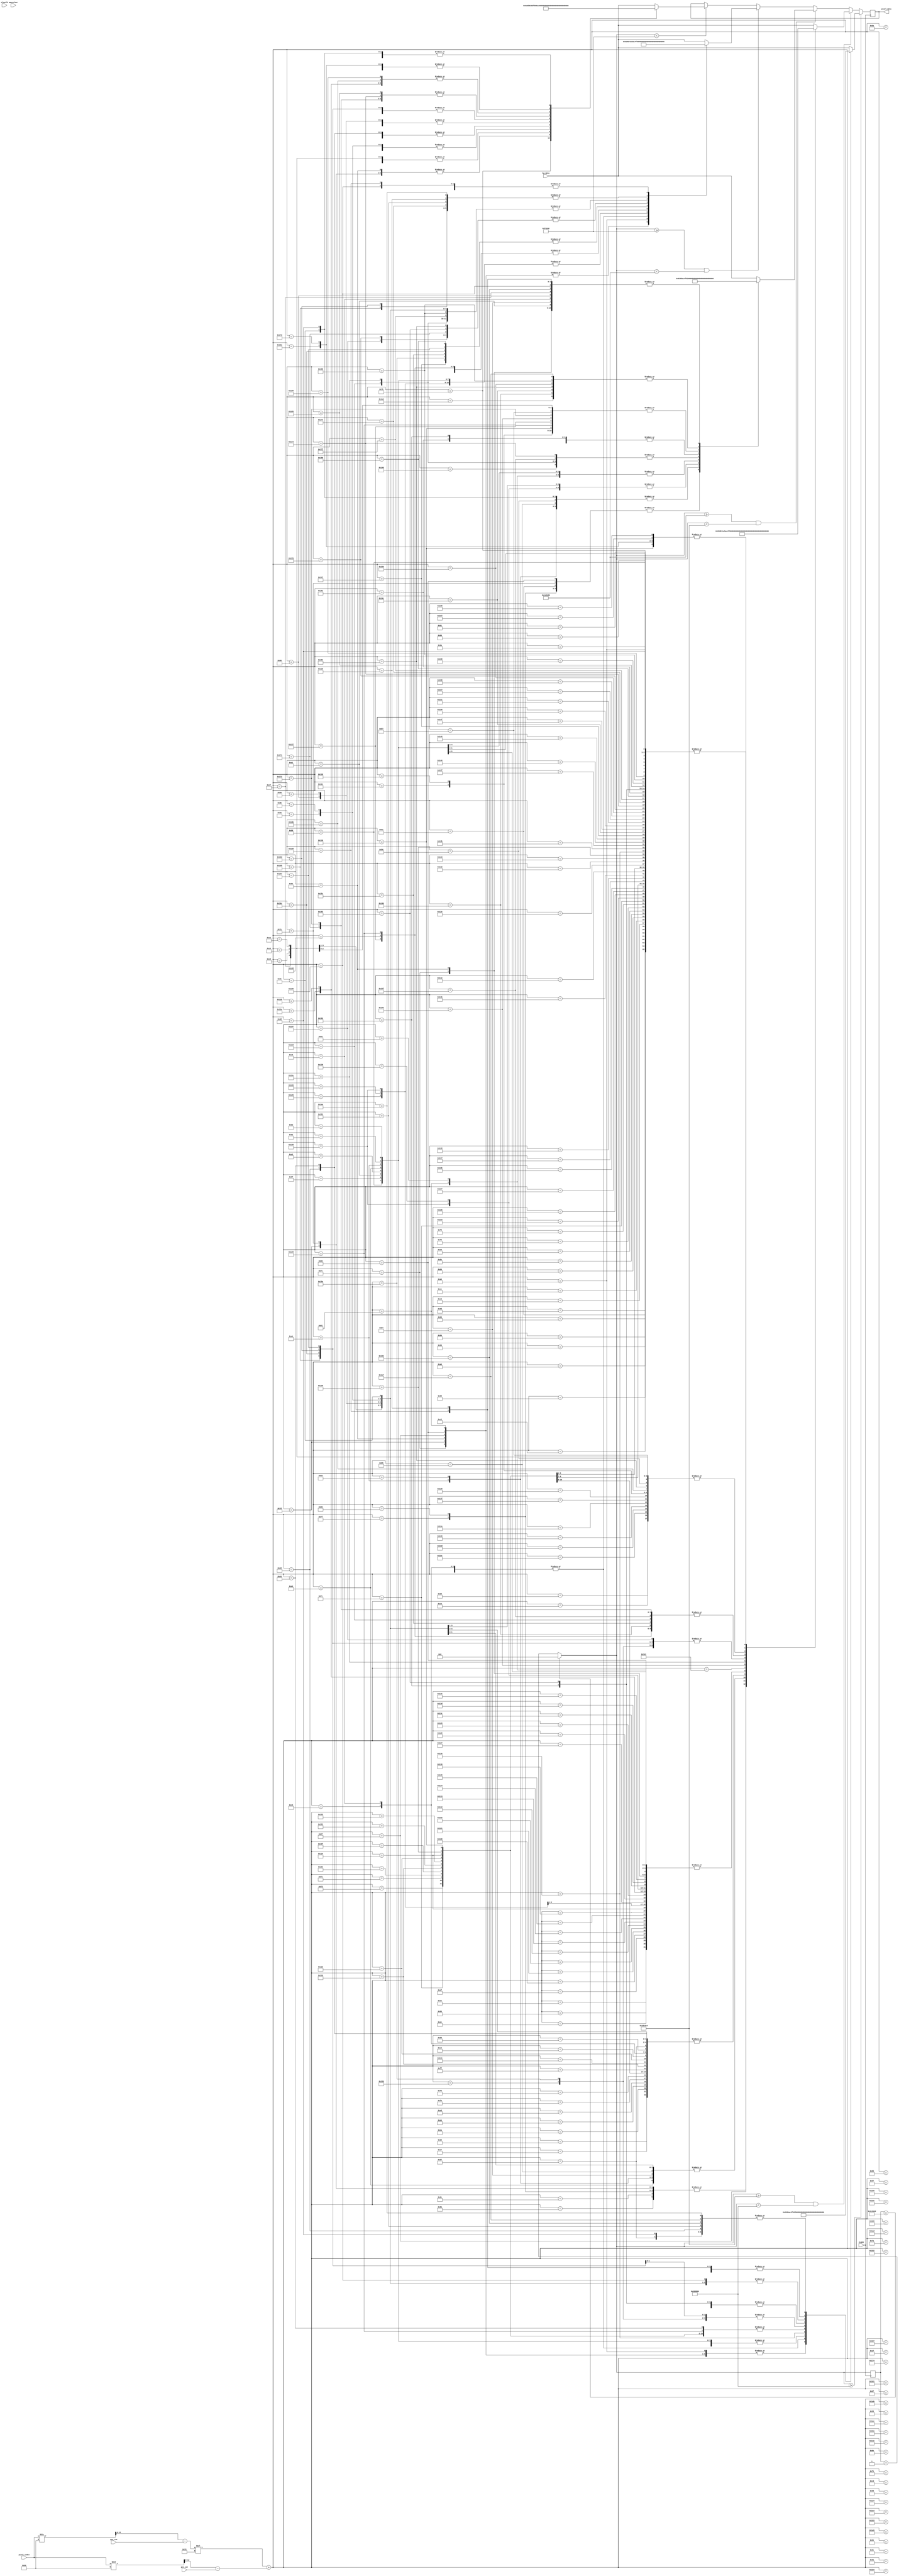
`timescale 1ns / 1ps
//////////////////////////////////////////////////////////////////////////////////
// Company: 
// Engineer: 
// 
// Design Name: 
// Module Name: ghost
// Project Name: 
// Target Devices: 
// Tool Versions: 
// Description: 
// 
// Dependencies: 
// 
// Revision:
// Revision 0.01 - File Created
// Additional Comments:
// 
//////////////////////////////////////////////////////////////////////////////////


module man(
input CLOCK,
input slowclk,
input [15:0]bg_data,
output reg [15:0] pixel_data,
input [12:0]pixel_index,
input [12:0]pos_col,
input [12:0]pos_row,
input [15:0]mancolour
    );
    reg [2:0]count;
    reg [12:0]row;
    reg [12:0]col;
    reg [12:0]track_index;
    reg [31:0] frame_count = 0;
    
    always @ (posedge CLOCK) begin
        row = pixel_index / 96 - pos_row;
        col = pixel_index % 96 - pos_col;
        track_index = row*19 + col;
        
        frame_count = (frame_count == 5000000) ? 0 : (frame_count + 1);
        
        if (frame_count < 1000000) begin
            case (track_index)
            87: pixel_data = 16'b0001000001100000;
            88: pixel_data = 16'b0001000001100000;
            104: pixel_data = 16'b0001000001100000;
            105: pixel_data = 16'b0001000001100000;
            106: pixel_data = 16'b1000001100001011;
            107: pixel_data = 16'b1000001100001011;
            108: pixel_data = 16'b0001000001100000;
            122: pixel_data = 16'b0001000001100000;
            123: pixel_data = 16'b0110101001101011;
            124: pixel_data = 16'b1000001100001011;
            125: pixel_data = 16'b1000001100001011;
            126: pixel_data = 16'b1000001100001011;
            127: pixel_data = 16'b1000001100001011;
            128: pixel_data = 16'b0001000001100000;
            140: pixel_data = 16'b0001000001100000;
            141: pixel_data = 16'b0110001000101011;
            142: pixel_data = 16'b1000001100001011;
            143: pixel_data = 16'b0110001000101011;
            144: pixel_data = 16'b0110001000101011;
            145: pixel_data = 16'b0110001000101011;
            146: pixel_data = 16'b0110001000101011;
            147: pixel_data = 16'b0001000001100000;
            159: pixel_data = 16'b0001000001100000;
            160: pixel_data = 16'b0110001000101011;
            161: pixel_data = 16'b0110001000101011;
            162: pixel_data = 16'b1010110001001111;
            163: pixel_data = 16'b1010110001001111;
            164: pixel_data = 16'b1010110001001111;
            165: pixel_data = 16'b0001000001100000;
            178: pixel_data = 16'b0001000001100000;
            179: pixel_data = 16'b1010110001001111;
            180: pixel_data = 16'b1010110001001111;
            181: pixel_data = 16'b1111011010010110;
            182: pixel_data = 16'b1111011010010110;
            183: pixel_data = 16'b1111011010010110;
            184: pixel_data = 16'b0001000001100000;
            195: pixel_data = 16'b0001000001100000;
            196: pixel_data = 16'b0001000001100000;
            197: pixel_data = 16'b0001000001100000;
            198: pixel_data = 16'b1111011010010110;
            199: pixel_data = 16'b1111011010010110;
            200: pixel_data = 16'b1111011010010110;
            201: pixel_data = 16'b1111011010010110;
            202: pixel_data = 16'b1111011010010110;
            203: pixel_data = 16'b0001000001100000;
            212: pixel_data = 16'b0001000001100000;
            213: pixel_data = 16'b0001000001100000;
            214: pixel_data = 16'b0110001000101011;
            215: pixel_data = 16'b0110001000101011;
            216: pixel_data = 16'b1001001001101001;
            217: pixel_data = 16'b1001001001101001;
            218: pixel_data = 16'b1010110001001111;
            219: pixel_data = 16'b1010110001001111;
            220: pixel_data = 16'b0001000001100000;
            221: pixel_data = 16'b0001000001100000;
            230: pixel_data = 16'b0001000001100000;
            231: pixel_data = 16'b0110001000101011;
            232: pixel_data = 16'b0110001000101011;
            233: pixel_data = 16'b0110001000101011;
            234: pixel_data = 16'b1001001001101001;
            235: pixel_data = 16'b1001001001101001;
            236: pixel_data = 16'b1001001001101001;
            237: pixel_data = 16'b0110001000101011;
            238: pixel_data = 16'b0110001000101011;
            239: pixel_data = 16'b0001000001100000;
            249: pixel_data = 16'b0001000001100000;
            250: pixel_data = 16'b0110001000101011;
            251: pixel_data = 16'b0110001000101011;
            252: pixel_data = 16'b0110001000101011;
            253: pixel_data = 16'b1001001001101001;
            254: pixel_data = 16'b1001001001101001;
            255: pixel_data = 16'b1001001001101001;
            256: pixel_data = 16'b1001001001101001;
            257: pixel_data = 16'b0110001000101011;
            258: pixel_data = 16'b0001000001100000;
            260: pixel_data = 16'b0001000001100000;
            261: pixel_data = 16'b0001000001100000;
            267: pixel_data = 16'b0001000001100000;
            268: pixel_data = 16'b1110111001110110;
            269: pixel_data = 16'b1110111001110110;
            270: pixel_data = 16'b0001000001100000;
            271: pixel_data = 16'b1001001001101001;
            272: pixel_data = 16'b1001001001101001;
            273: pixel_data = 16'b1001001001101001;
            274: pixel_data = 16'b1001001001101001;
            275: pixel_data = 16'b1001001001101001;
            276: pixel_data = 16'b1001001001101001;
            277: pixel_data = 16'b0001000001100000;
            278: pixel_data = 16'b0001000001100000;
            279: pixel_data = 16'b1110111001110110;
            280: pixel_data = 16'b1110111001110110;
            281: pixel_data = 16'b0001000001100000;
            286: pixel_data = 16'b0001000001100000;
            287: pixel_data = 16'b1110111001110110;
            288: pixel_data = 16'b1110111001110110;
            289: pixel_data = 16'b0001000001100000;
            290: pixel_data = 16'b1001001001101001;
            291: pixel_data = 16'b1001001001101001;
            292: pixel_data = 16'b1001001001101001;
            293: pixel_data = 16'b1001001001101001;
            294: pixel_data = 16'b1001001001101001;
            295: pixel_data = 16'b1001001001101001;
            296: pixel_data = 16'b1001001001101001;
            297: pixel_data = 16'b1001001001101001;
            298: pixel_data = 16'b1110111001110110;
            299: pixel_data = 16'b1110111001110110;
            300: pixel_data = 16'b0001000001100000;
            306: pixel_data = 16'b0001000001100000;
            307: pixel_data = 16'b0001000001100000;
            308: pixel_data = 16'b0001000001100000;
            309: pixel_data = 16'b1001011000111110;
            310: pixel_data = 16'b1101011010111000;
            311: pixel_data = 16'b1001011000111110;
            312: pixel_data = 16'b1001001001101001;
            313: pixel_data = 16'b0001000001100000;
            314: pixel_data = 16'b1001001001101001;
            315: pixel_data = 16'b1001001001101001;
            316: pixel_data = 16'b1001001001101001;
            317: pixel_data = 16'b1001001001101001;
            318: pixel_data = 16'b0001000001100000;
            326: pixel_data = 16'b0001000001100000;
            327: pixel_data = 16'b1001011000111110;
            328: pixel_data = 16'b1101011010111000;
            329: pixel_data = 16'b1001011000111110;
            330: pixel_data = 16'b0101101111010010;
            331: pixel_data = 16'b0101101111010010;
            332: pixel_data = 16'b0001000001100000;
            333: pixel_data = 16'b0001000001100000;
            334: pixel_data = 16'b0001000001100000;
            335: pixel_data = 16'b0001000001100000;
            336: pixel_data = 16'b0001000001100000;
            343: pixel_data = 16'b0001000001100000;
            344: pixel_data = 16'b0001000001100000;
            345: pixel_data = 16'b1001011000111110;
            346: pixel_data = 16'b1101011010111000;
            347: pixel_data = 16'b1001011000111110;
            348: pixel_data = 16'b0101101111010010;
            349: pixel_data = 16'b0101101111010010;
            350: pixel_data = 16'b0101101111010010;
            351: pixel_data = 16'b0101101111010010;
            352: pixel_data = 16'b0001000001100000;
            362: pixel_data = 16'b1101011010111000;
            363: pixel_data = 16'b1110111001110110;
            364: pixel_data = 16'b1001011000111110;
            365: pixel_data = 16'b1001011000111110;
            366: pixel_data = 16'b1001011000111110;
            367: pixel_data = 16'b0001000001100000;
            368: pixel_data = 16'b0101101111010010;
            369: pixel_data = 16'b0101101111010010;
            370: pixel_data = 16'b0101101111010010;
            371: pixel_data = 16'b0101101111010010;
            372: pixel_data = 16'b0001000001100000;
            381: pixel_data = 16'b1101011010111000;
            382: pixel_data = 16'b0001000001100000;
            383: pixel_data = 16'b0001000001100000;
            384: pixel_data = 16'b0001000001100000;
            385: pixel_data = 16'b0001000001100000;
            387: pixel_data = 16'b0001000001100000;
            388: pixel_data = 16'b0001000001100000;
            389: pixel_data = 16'b0101101111010010;
            390: pixel_data = 16'b0101101111010010;
            391: pixel_data = 16'b0001000001100000;
            400: pixel_data = 16'b0001000001100000;
            408: pixel_data = 16'b0001000001100000;
            409: pixel_data = 16'b1110111001110110;
            410: pixel_data = 16'b0001000001100000;
            427: pixel_data = 16'b0001000001100000;
            428: pixel_data = 16'b1101011010111000;
            429: pixel_data = 16'b1101011010111000;
            430: pixel_data = 16'b0001000001100000;
            default: pixel_data = bg_data;
            endcase
        end
        
        if (frame_count >= 1000000 && frame_count < 1000000*2) begin
            case (track_index)
            105: pixel_data = 16'b0001000001100000;
            106: pixel_data = 16'b0001000001100000;
            122: pixel_data = 16'b0001000001100000;
            123: pixel_data = 16'b0001000001100000;
            124: pixel_data = 16'b1000001100001011;
            125: pixel_data = 16'b1000001100001011;
            126: pixel_data = 16'b0001000001100000;
            140: pixel_data = 16'b0001000001100000;
            141: pixel_data = 16'b0110001000101011;
            142: pixel_data = 16'b1000001100001011;
            143: pixel_data = 16'b1000001100001011;
            144: pixel_data = 16'b1000001100001011;
            145: pixel_data = 16'b1000001100001011;
            146: pixel_data = 16'b0001000001100000;
            158: pixel_data = 16'b0001000001100000;
            159: pixel_data = 16'b0110001000101011;
            160: pixel_data = 16'b0111101011101011;
            161: pixel_data = 16'b0110001000101011;
            162: pixel_data = 16'b0110001000101011;
            163: pixel_data = 16'b0110001000101011;
            164: pixel_data = 16'b0110001000101011;
            165: pixel_data = 16'b0001000001100000;
            177: pixel_data = 16'b0001000001100000;
            178: pixel_data = 16'b0110001000101011;
            179: pixel_data = 16'b0110001000101011;
            180: pixel_data = 16'b1010110001001111;
            181: pixel_data = 16'b1010110001001111;
            182: pixel_data = 16'b1010110001001111;
            183: pixel_data = 16'b0001000001100000;
            196: pixel_data = 16'b0001000001100000;
            197: pixel_data = 16'b1010110001001111;
            198: pixel_data = 16'b1010110001001111;
            199: pixel_data = 16'b1110111001110110;
            200: pixel_data = 16'b1110111001110110;
            201: pixel_data = 16'b1110111001110110;
            202: pixel_data = 16'b0001000001100000;
            215: pixel_data = 16'b0001000001100000;
            216: pixel_data = 16'b1110111001110110;
            217: pixel_data = 16'b1110111001110110;
            218: pixel_data = 16'b1110111001110110;
            219: pixel_data = 16'b1110111001110110;
            220: pixel_data = 16'b1110111001110110;
            221: pixel_data = 16'b0001000001100000;
            233: pixel_data = 16'b0001000001100000;
            234: pixel_data = 16'b1001001001101001;
            235: pixel_data = 16'b1001001001101001;
            236: pixel_data = 16'b1010110001001111;
            237: pixel_data = 16'b1010110001001111;
            238: pixel_data = 16'b0001000001100000;
            239: pixel_data = 16'b0001000001100000;
            251: pixel_data = 16'b0001000001100000;
            252: pixel_data = 16'b1001001001101001;
            253: pixel_data = 16'b1001001001101001;
            254: pixel_data = 16'b1001001001101001;
            255: pixel_data = 16'b0110001000101011;
            256: pixel_data = 16'b0110001000101011;
            257: pixel_data = 16'b0001000001100000;
            269: pixel_data = 16'b0001000001100000;
            270: pixel_data = 16'b1001001001101001;
            271: pixel_data = 16'b1001001001101001;
            272: pixel_data = 16'b1001001001101001;
            273: pixel_data = 16'b0110001000101011;
            274: pixel_data = 16'b0110001000101011;
            275: pixel_data = 16'b0110001000101011;
            276: pixel_data = 16'b0001000001100000;
            288: pixel_data = 16'b0001000001100000;
            289: pixel_data = 16'b1001001001101001;
            290: pixel_data = 16'b1001001001101001;
            291: pixel_data = 16'b1001001001101001;
            292: pixel_data = 16'b1001001001101001;
            293: pixel_data = 16'b0110001000101011;
            294: pixel_data = 16'b0110001000101011;
            295: pixel_data = 16'b1110111001110110;
            296: pixel_data = 16'b0001000001100000;
            307: pixel_data = 16'b0001000001100000;
            308: pixel_data = 16'b1001001001101001;
            309: pixel_data = 16'b1001001001101001;
            310: pixel_data = 16'b1001001001101001;
            311: pixel_data = 16'b1001001001101001;
            312: pixel_data = 16'b0110001000101011;
            313: pixel_data = 16'b1110111001110110;
            314: pixel_data = 16'b1110111001110110;
            315: pixel_data = 16'b0001000001100000;
            326: pixel_data = 16'b0001000001100000;
            327: pixel_data = 16'b1001011000111110;
            328: pixel_data = 16'b1001001001101001;
            329: pixel_data = 16'b1001001001101001;
            330: pixel_data = 16'b1110111001110110;
            331: pixel_data = 16'b1110111001110110;
            332: pixel_data = 16'b0001000001100000;
            333: pixel_data = 16'b0001000001100000;
            345: pixel_data = 16'b0001000001100000;
            346: pixel_data = 16'b1001011000111110;
            347: pixel_data = 16'b1101011010111000;
            348: pixel_data = 16'b1001011000111110;
            349: pixel_data = 16'b1110111001110110;
            350: pixel_data = 16'b1110111001110110;
            351: pixel_data = 16'b0001000001100000;
            363: pixel_data = 16'b0001000001100000;
            364: pixel_data = 16'b1001011000111110;
            365: pixel_data = 16'b1101011010111000;
            366: pixel_data = 16'b1001011000111110;
            367: pixel_data = 16'b0101101111010010;
            368: pixel_data = 16'b0101101111010010;
            369: pixel_data = 16'b0101101111010010;
            370: pixel_data = 16'b0001000001100000;
            382: pixel_data = 16'b1101011010111000;
            383: pixel_data = 16'b1110111001110110;
            384: pixel_data = 16'b1001011000111110;
            385: pixel_data = 16'b0001000001100000;
            386: pixel_data = 16'b0001000001100000;
            387: pixel_data = 16'b0101101111010010;
            388: pixel_data = 16'b0101101111010010;
            389: pixel_data = 16'b0001000001100000;
            401: pixel_data = 16'b1101011010111000;
            402: pixel_data = 16'b0001000001100000;
            403: pixel_data = 16'b0001000001100000;
            405: pixel_data = 16'b0001000001100000;
            406: pixel_data = 16'b1110111001110110;
            407: pixel_data = 16'b0001000001100000;
            420: pixel_data = 16'b0001000001100000;
            424: pixel_data = 16'b0001000001100000;
            425: pixel_data = 16'b1101011010111000;
            426: pixel_data = 16'b1101011010111000;
            427: pixel_data = 16'b0001000001100000;
            default: pixel_data = bg_data;
            endcase
        end
        
        if (frame_count >= 1000000*2 && frame_count < 1000000*3) begin
            case (track_index)
            89: pixel_data = 16'b0001000001100000;
            90: pixel_data = 16'b0001000001100000;
            106: pixel_data = 16'b0001000001100000;
            107: pixel_data = 16'b0001000001100000;
            108: pixel_data = 16'b1000001100001011;
            109: pixel_data = 16'b1000001100001011;
            110: pixel_data = 16'b0001000001100000;
            124: pixel_data = 16'b0001000001100000;
            125: pixel_data = 16'b0110001000101011;
            126: pixel_data = 16'b1000001100001011;
            127: pixel_data = 16'b1000001100001011;
            128: pixel_data = 16'b1000001100001011;
            129: pixel_data = 16'b1000001100001011;
            130: pixel_data = 16'b0001000001100000;
            142: pixel_data = 16'b0001000001100000;
            143: pixel_data = 16'b0110001000101011;
            144: pixel_data = 16'b1000001100001011;
            145: pixel_data = 16'b0110001000101011;
            146: pixel_data = 16'b0110001000101011;
            147: pixel_data = 16'b0110001000101011;
            148: pixel_data = 16'b0110001000101011;
            149: pixel_data = 16'b0001000001100000;
            161: pixel_data = 16'b0001000001100000;
            162: pixel_data = 16'b0110001000101011;
            163: pixel_data = 16'b0110001000101011;
            164: pixel_data = 16'b1010110001001111;
            165: pixel_data = 16'b1010110001001111;
            166: pixel_data = 16'b1010110001001111;
            167: pixel_data = 16'b0001000001100000;
            180: pixel_data = 16'b0001000001100000;
            181: pixel_data = 16'b1010110001001111;
            182: pixel_data = 16'b1010110001001111;
            183: pixel_data = 16'b1110111001110110;
            184: pixel_data = 16'b1110111001110110;
            185: pixel_data = 16'b1110111001110110;
            186: pixel_data = 16'b0001000001100000;
            198: pixel_data = 16'b0001000001100000;
            199: pixel_data = 16'b0001000001100000;
            200: pixel_data = 16'b1110111001110110;
            201: pixel_data = 16'b1110111001110110;
            202: pixel_data = 16'b1110111001110110;
            203: pixel_data = 16'b1110111001110110;
            204: pixel_data = 16'b1110111001110110;
            205: pixel_data = 16'b0001000001100000;
            216: pixel_data = 16'b0001000001100000;
            217: pixel_data = 16'b1001001001101001;
            218: pixel_data = 16'b1001001001101001;
            219: pixel_data = 16'b1001001001101001;
            220: pixel_data = 16'b1010110001001111;
            221: pixel_data = 16'b1010110001001111;
            222: pixel_data = 16'b0001000001100000;
            223: pixel_data = 16'b0001000001100000;
            234: pixel_data = 16'b0001000001100000;
            235: pixel_data = 16'b1001001001101001;
            236: pixel_data = 16'b1001001001101001;
            237: pixel_data = 16'b0110001000101011;
            238: pixel_data = 16'b1001001001101001;
            239: pixel_data = 16'b0110001000101011;
            240: pixel_data = 16'b0110001000101011;
            241: pixel_data = 16'b0001000001100000;
            252: pixel_data = 16'b0001000001100000;
            253: pixel_data = 16'b1001001001101001;
            254: pixel_data = 16'b1001001001101001;
            255: pixel_data = 16'b1001001001101001;
            256: pixel_data = 16'b1001001001101001;
            257: pixel_data = 16'b0110001000101011;
            258: pixel_data = 16'b0110001000101011;
            259: pixel_data = 16'b0110001000101011;
            260: pixel_data = 16'b0001000001100000;
            262: pixel_data = 16'b0001000001100000;
            263: pixel_data = 16'b0001000001100000;
            270: pixel_data = 16'b0001000001100000;
            271: pixel_data = 16'b1001001001101001;
            272: pixel_data = 16'b1001001001101001;
            273: pixel_data = 16'b1001001001101001;
            274: pixel_data = 16'b1001001001101001;
            275: pixel_data = 16'b1001001001101001;
            276: pixel_data = 16'b1001001001101001;
            277: pixel_data = 16'b0110001000101011;
            278: pixel_data = 16'b0110001000101011;
            279: pixel_data = 16'b0001000001100000;
            280: pixel_data = 16'b0001000001100000;
            281: pixel_data = 16'b1110111001110110;
            282: pixel_data = 16'b1110111001110110;
            283: pixel_data = 16'b0001000001100000;
            289: pixel_data = 16'b0001000001100000;
            290: pixel_data = 16'b1001001001101001;
            291: pixel_data = 16'b1001001001101001;
            292: pixel_data = 16'b1001001001101001;
            293: pixel_data = 16'b1001001001101001;
            294: pixel_data = 16'b1001001001101001;
            295: pixel_data = 16'b0110001000101011;
            296: pixel_data = 16'b0110001000101011;
            297: pixel_data = 16'b0110001000101011;
            298: pixel_data = 16'b0110001000101011;
            299: pixel_data = 16'b0110001000101011;
            300: pixel_data = 16'b1110111001110110;
            301: pixel_data = 16'b1110111001110110;
            302: pixel_data = 16'b0001000001100000;
            309: pixel_data = 16'b0001000001100000;
            310: pixel_data = 16'b1110111001110110;
            311: pixel_data = 16'b1110111001110110;
            312: pixel_data = 16'b1001001001101001;
            313: pixel_data = 16'b1001001001101001;
            314: pixel_data = 16'b0110001000101011;
            315: pixel_data = 16'b0001000001100000;
            316: pixel_data = 16'b0110001000101011;
            317: pixel_data = 16'b0110001000101011;
            318: pixel_data = 16'b0110001000101011;
            319: pixel_data = 16'b0001000001100000;
            320: pixel_data = 16'b0001000001100000;
            328: pixel_data = 16'b0001000001100000;
            329: pixel_data = 16'b1110111001110110;
            330: pixel_data = 16'b1110111001110110;
            331: pixel_data = 16'b1101011010111000;
            332: pixel_data = 16'b1101011010111000;
            333: pixel_data = 16'b1001011000111110;
            334: pixel_data = 16'b0001000001100000;
            335: pixel_data = 16'b0001000001100000;
            336: pixel_data = 16'b0001000001100000;
            337: pixel_data = 16'b0001000001100000;
            347: pixel_data = 16'b0001000001100000;
            348: pixel_data = 16'b0101101111010010;
            349: pixel_data = 16'b1001011000111110;
            350: pixel_data = 16'b1001011000111110;
            351: pixel_data = 16'b1001011000111110;
            352: pixel_data = 16'b1101011010111000;
            353: pixel_data = 16'b0001000001100000;
            365: pixel_data = 16'b0001000001100000;
            366: pixel_data = 16'b0101101111010010;
            367: pixel_data = 16'b0101101111010010;
            368: pixel_data = 16'b0101101111010010;
            369: pixel_data = 16'b0001000001100000;
            370: pixel_data = 16'b1110111001110110;
            371: pixel_data = 16'b1001011000111110;
            372: pixel_data = 16'b0001000001100000;
            384: pixel_data = 16'b0001000001100000;
            385: pixel_data = 16'b0101101111010010;
            386: pixel_data = 16'b0101101111010010;
            387: pixel_data = 16'b0001000001100000;
            388: pixel_data = 16'b1101011010111000;
            389: pixel_data = 16'b0001000001100000;
            390: pixel_data = 16'b0001000001100000;
            402: pixel_data = 16'b0001000001100000;
            403: pixel_data = 16'b1110111001110110;
            404: pixel_data = 16'b0001000001100000;
            405: pixel_data = 16'b0001000001100000;
            406: pixel_data = 16'b1101011010111000;
            407: pixel_data = 16'b0001000001100000;
            421: pixel_data = 16'b0001000001100000;
            422: pixel_data = 16'b1101011010111000;
            423: pixel_data = 16'b1101011010111000;
            424: pixel_data = 16'b0001000001100000;
            425: pixel_data = 16'b0001000001100000;
            default: pixel_data = bg_data;
            endcase
        end
        
        if (frame_count >= 1000000*3 && frame_count < 1000000*4) begin
            case (track_index)
            88: pixel_data = 16'b0001000001100000;
            89: pixel_data = 16'b0001000001100000;
            105: pixel_data = 16'b0001000001100000;
            106: pixel_data = 16'b0001000001100000;
            107: pixel_data = 16'b1000001100001011;
            108: pixel_data = 16'b1000001100001011;
            109: pixel_data = 16'b0001000001100000;
            123: pixel_data = 16'b0001000001100000;
            124: pixel_data = 16'b0110001000101011;
            125: pixel_data = 16'b1000001100001011;
            126: pixel_data = 16'b1000001100001011;
            127: pixel_data = 16'b1000001100001011;
            128: pixel_data = 16'b1000001100001011;
            129: pixel_data = 16'b0001000001100000;
            141: pixel_data = 16'b0001000001100000;
            142: pixel_data = 16'b0110001000101011;
            143: pixel_data = 16'b0111101011001011;
            144: pixel_data = 16'b0110001000101011;
            145: pixel_data = 16'b0110001000101011;
            146: pixel_data = 16'b0110001000101011;
            147: pixel_data = 16'b0110001000101011;
            148: pixel_data = 16'b0001000001100000;
            160: pixel_data = 16'b0001000001100000;
            161: pixel_data = 16'b0110001000101011;
            162: pixel_data = 16'b0110001000101011;
            163: pixel_data = 16'b1010110001001111;
            164: pixel_data = 16'b1010110001001111;
            165: pixel_data = 16'b1010110001001111;
            166: pixel_data = 16'b0001000001100000;
            177: pixel_data = 16'b0001000001100000;
            178: pixel_data = 16'b0001000001100000;
            179: pixel_data = 16'b0001000001100000;
            180: pixel_data = 16'b1010110001001111;
            181: pixel_data = 16'b1010110001001111;
            182: pixel_data = 16'b1110111001110110;
            183: pixel_data = 16'b1110111001110110;
            184: pixel_data = 16'b1110111001110110;
            185: pixel_data = 16'b0001000001100000;
            194: pixel_data = 16'b0001000001100000;
            195: pixel_data = 16'b0001000001100000;
            196: pixel_data = 16'b1001001001101001;
            197: pixel_data = 16'b1001001001101001;
            198: pixel_data = 16'b1001001001101001;
            199: pixel_data = 16'b1110111001110110;
            200: pixel_data = 16'b1110111001110110;
            201: pixel_data = 16'b1110111001110110;
            202: pixel_data = 16'b1110111001110110;
            203: pixel_data = 16'b1110111001110110;
            204: pixel_data = 16'b0001000001100000;
            212: pixel_data = 16'b0001000001100000;
            213: pixel_data = 16'b1001001001101001;
            214: pixel_data = 16'b1001001001101001;
            215: pixel_data = 16'b1001001001101001;
            216: pixel_data = 16'b1001001001101001;
            217: pixel_data = 16'b1001001001101001;
            218: pixel_data = 16'b1001001001101001;
            219: pixel_data = 16'b1010110001001111;
            220: pixel_data = 16'b1010110001001111;
            221: pixel_data = 16'b0001000001100000;
            222: pixel_data = 16'b0001000001100000;
            230: pixel_data = 16'b0001000001100000;
            231: pixel_data = 16'b1001001001101001;
            232: pixel_data = 16'b1001001001101001;
            233: pixel_data = 16'b1001001001101001;
            234: pixel_data = 16'b1001001001101001;
            235: pixel_data = 16'b1001001001101001;
            236: pixel_data = 16'b0110001000101011;
            237: pixel_data = 16'b1001001001101001;
            238: pixel_data = 16'b0110001000101011;
            239: pixel_data = 16'b0110001000101011;
            240: pixel_data = 16'b0001000001100000;
            249: pixel_data = 16'b0001000001100000;
            250: pixel_data = 16'b1001001001101001;
            251: pixel_data = 16'b1001001001101001;
            252: pixel_data = 16'b0001000001100000;
            253: pixel_data = 16'b1001001001101001;
            254: pixel_data = 16'b1001001001101001;
            255: pixel_data = 16'b1001001001101001;
            256: pixel_data = 16'b0110001000101011;
            257: pixel_data = 16'b0110001000101011;
            258: pixel_data = 16'b0110001000101011;
            259: pixel_data = 16'b0001000001100000;
            262: pixel_data = 16'b0001000001100000;
            263: pixel_data = 16'b0001000001100000;
            267: pixel_data = 16'b0001000001100000;
            268: pixel_data = 16'b1110111001110110;
            269: pixel_data = 16'b1110111001110110;
            270: pixel_data = 16'b0001000001100000;
            271: pixel_data = 16'b0001000001100000;
            272: pixel_data = 16'b1001001001101001;
            273: pixel_data = 16'b1001001001101001;
            274: pixel_data = 16'b0110001000101011;
            275: pixel_data = 16'b0110001000101011;
            276: pixel_data = 16'b0110001000101011;
            277: pixel_data = 16'b0110001000101011;
            278: pixel_data = 16'b0110001000101011;
            279: pixel_data = 16'b0001000001100000;
            280: pixel_data = 16'b0001000001100000;
            281: pixel_data = 16'b1110111001110110;
            282: pixel_data = 16'b1110111001110110;
            283: pixel_data = 16'b0001000001100000;
            286: pixel_data = 16'b0001000001100000;
            287: pixel_data = 16'b1110111001110110;
            288: pixel_data = 16'b1110111001110110;
            289: pixel_data = 16'b0001000001100000;
            290: pixel_data = 16'b0001000001100000;
            291: pixel_data = 16'b1001001001101001;
            292: pixel_data = 16'b0110001000101011;
            293: pixel_data = 16'b0110001000101011;
            294: pixel_data = 16'b0110001000101011;
            295: pixel_data = 16'b0110001000101011;
            296: pixel_data = 16'b0110001000101011;
            297: pixel_data = 16'b0110001000101011;
            298: pixel_data = 16'b0110001000101011;
            299: pixel_data = 16'b0110001000101011;
            300: pixel_data = 16'b1110111001110110;
            301: pixel_data = 16'b1110111001110110;
            302: pixel_data = 16'b0001000001100000;
            306: pixel_data = 16'b0001000001100000;
            307: pixel_data = 16'b0001000001100000;
            309: pixel_data = 16'b0001000001100000;
            310: pixel_data = 16'b1101011010111000;
            311: pixel_data = 16'b1001011000111110;
            312: pixel_data = 16'b0110001000101011;
            313: pixel_data = 16'b0110001000101011;
            314: pixel_data = 16'b0001000001100000;
            315: pixel_data = 16'b0001000001100000;
            316: pixel_data = 16'b0110001000101011;
            317: pixel_data = 16'b0110001000101011;
            318: pixel_data = 16'b0110001000101011;
            319: pixel_data = 16'b0001000001100000;
            320: pixel_data = 16'b0001000001100000;
            321: pixel_data = 16'b0001000001000000;
            326: pixel_data = 16'b0001000001100000;
            327: pixel_data = 16'b0001000001100000;
            328: pixel_data = 16'b1001011000111110;
            329: pixel_data = 16'b1001011000111110;
            330: pixel_data = 16'b1100011010011010;
            331: pixel_data = 16'b1001011000111110;
            332: pixel_data = 16'b0001000001100000;
            335: pixel_data = 16'b0001000001100000;
            336: pixel_data = 16'b0001000001100000;
            337: pixel_data = 16'b0001000001100000;
            343: pixel_data = 16'b0001000001100000;
            344: pixel_data = 16'b0001000001100000;
            345: pixel_data = 16'b0101101111010010;
            346: pixel_data = 16'b0101101111010010;
            347: pixel_data = 16'b0101101111010010;
            348: pixel_data = 16'b1001011000111110;
            349: pixel_data = 16'b1001011000111110;
            350: pixel_data = 16'b1100011010011001;
            351: pixel_data = 16'b1001011000111110;
            352: pixel_data = 16'b0001000001100000;
            362: pixel_data = 16'b1101011010111000;
            363: pixel_data = 16'b1110111001110110;
            364: pixel_data = 16'b0101101111010010;
            365: pixel_data = 16'b0101101111010010;
            366: pixel_data = 16'b0101101111010010;
            367: pixel_data = 16'b0101101111010010;
            368: pixel_data = 16'b0001000001100000;
            369: pixel_data = 16'b1001011000111110;
            370: pixel_data = 16'b1001011000111110;
            371: pixel_data = 16'b0001000001100000;
            381: pixel_data = 16'b1101011010111000;
            382: pixel_data = 16'b0001000001100000;
            383: pixel_data = 16'b0001000001100000;
            384: pixel_data = 16'b0001000001100000;
            385: pixel_data = 16'b0001000001100000;
            386: pixel_data = 16'b0001000001100000;
            387: pixel_data = 16'b0001000001100000;
            388: pixel_data = 16'b1110111001110110;
            389: pixel_data = 16'b0001000001100000;
            400: pixel_data = 16'b0001000001100000;
            406: pixel_data = 16'b0001000001100000;
            407: pixel_data = 16'b1101011010111000;
            408: pixel_data = 16'b1101011010111000;
            409: pixel_data = 16'b0001000001100000;
            default: pixel_data = bg_data;
            endcase
        end
        
        if (frame_count >= 1000000*4) begin
            case (track_index)
            105: pixel_data = 16'b0001000001100000;
            106: pixel_data = 16'b0001000001100000;
            122: pixel_data = 16'b0001000001100000;
            123: pixel_data = 16'b0001000001100000;
            124: pixel_data = 16'b1000001100001011;
            125: pixel_data = 16'b1000001100001011;
            126: pixel_data = 16'b0001000001100000;
            140: pixel_data = 16'b0001000001100000;
            141: pixel_data = 16'b0110001000101011;
            142: pixel_data = 16'b1000001100001011;
            143: pixel_data = 16'b1000001100001011;
            144: pixel_data = 16'b1000001100001011;
            145: pixel_data = 16'b1000001100001011;
            146: pixel_data = 16'b0001000001100000;
            158: pixel_data = 16'b0001000001100000;
            159: pixel_data = 16'b0110001000101011;
            160: pixel_data = 16'b1000001100001011;
            161: pixel_data = 16'b0110001000101011;
            162: pixel_data = 16'b0110001000101011;
            163: pixel_data = 16'b0110001000101011;
            164: pixel_data = 16'b0110001000101011;
            165: pixel_data = 16'b0001000001100000;
            177: pixel_data = 16'b0001000001100000;
            178: pixel_data = 16'b0110001000101011;
            179: pixel_data = 16'b0110001000101011;
            180: pixel_data = 16'b1010110001001111;
            181: pixel_data = 16'b1010110001001111;
            182: pixel_data = 16'b1010110001001111;
            183: pixel_data = 16'b0001000001100000;
            196: pixel_data = 16'b0001000001100000;
            197: pixel_data = 16'b1010110001001111;
            198: pixel_data = 16'b1010110001001111;
            199: pixel_data = 16'b1110111001110110;
            200: pixel_data = 16'b1110111001110110;
            201: pixel_data = 16'b1110111001110110;
            202: pixel_data = 16'b0001000001100000;
            214: pixel_data = 16'b0001000001100000;
            215: pixel_data = 16'b0001000001100000;
            216: pixel_data = 16'b1110111001110110;
            217: pixel_data = 16'b1110111001110110;
            218: pixel_data = 16'b1110111001110110;
            219: pixel_data = 16'b1110111001110110;
            220: pixel_data = 16'b1110111001110110;
            221: pixel_data = 16'b0001000001100000;
            232: pixel_data = 16'b0001000001100000;
            233: pixel_data = 16'b1001001001101001;
            234: pixel_data = 16'b1001001001101001;
            235: pixel_data = 16'b1001001001101001;
            236: pixel_data = 16'b1010110001001111;
            237: pixel_data = 16'b1010110001001111;
            238: pixel_data = 16'b0001000001100000;
            239: pixel_data = 16'b0001000001100000;
            250: pixel_data = 16'b0001000001100000;
            251: pixel_data = 16'b1001001001101001;
            252: pixel_data = 16'b1001001001101001;
            253: pixel_data = 16'b1001001001101001;
            254: pixel_data = 16'b1001001001101001;
            255: pixel_data = 16'b0110001000101011;
            256: pixel_data = 16'b0110001000101011;
            257: pixel_data = 16'b0001000001100000;
            269: pixel_data = 16'b0001000001100000;
            270: pixel_data = 16'b1001001001101001;
            271: pixel_data = 16'b1001001001101001;
            272: pixel_data = 16'b1001001001101001;
            273: pixel_data = 16'b0110001000101011;
            274: pixel_data = 16'b0110001000101011;
            275: pixel_data = 16'b0110001000101011;
            276: pixel_data = 16'b0001000001100000;
            288: pixel_data = 16'b0001000001100000;
            289: pixel_data = 16'b1001001001101001;
            290: pixel_data = 16'b1001001001101001;
            291: pixel_data = 16'b1001001001101001;
            292: pixel_data = 16'b1001001001101001;
            293: pixel_data = 16'b0110001000101011;
            294: pixel_data = 16'b0110001000101011;
            295: pixel_data = 16'b0001000001100000;
            307: pixel_data = 16'b0001000001100000;
            308: pixel_data = 16'b1001001001101001;
            309: pixel_data = 16'b1001001001101001;
            310: pixel_data = 16'b1001001001101001;
            311: pixel_data = 16'b1110111001110110;
            312: pixel_data = 16'b1110111001110110;
            313: pixel_data = 16'b0001000001100000;
            314: pixel_data = 16'b0000100001100000;
            326: pixel_data = 16'b0001000001100000;
            327: pixel_data = 16'b1001011000111110;
            328: pixel_data = 16'b1101011010111000;
            329: pixel_data = 16'b1001001001101001;
            330: pixel_data = 16'b1110111001110110;
            331: pixel_data = 16'b1110111001110110;
            332: pixel_data = 16'b0001000001100000;
            344: pixel_data = 16'b0001000001100000;
            345: pixel_data = 16'b0101101111010010;
            346: pixel_data = 16'b0101101111010010;
            347: pixel_data = 16'b1001011000111110;
            348: pixel_data = 16'b1101011010111000;
            349: pixel_data = 16'b1001011000111110;
            350: pixel_data = 16'b0001000001100000;
            363: pixel_data = 16'b1101011010111000;
            364: pixel_data = 16'b1110111001110110;
            365: pixel_data = 16'b0101101111010010;
            366: pixel_data = 16'b0101101111010010;
            367: pixel_data = 16'b1101011010111000;
            368: pixel_data = 16'b1001011000111110;
            369: pixel_data = 16'b0001000001100000;
            382: pixel_data = 16'b1101011010111000;
            383: pixel_data = 16'b0001000001100000;
            384: pixel_data = 16'b0001000001100000;
            385: pixel_data = 16'b0001000001100000;
            386: pixel_data = 16'b1001011000111110;
            387: pixel_data = 16'b1001011000111110;
            388: pixel_data = 16'b0001000001100000;
            401: pixel_data = 16'b0001000001100000;
            404: pixel_data = 16'b0001000001100000;
            405: pixel_data = 16'b1110111001110110;
            406: pixel_data = 16'b0001000001100000;
            423: pixel_data = 16'b0001000001100000;
            424: pixel_data = 16'b1101011010111000;
            425: pixel_data = 16'b1101011010111000;
            426: pixel_data = 16'b0001000001100000;
            default: pixel_data = bg_data;
            endcase
        end 
    end
endmodule